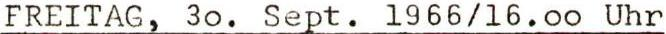
FREITAG, 3o. Sept. 1966/16.oo Uhr